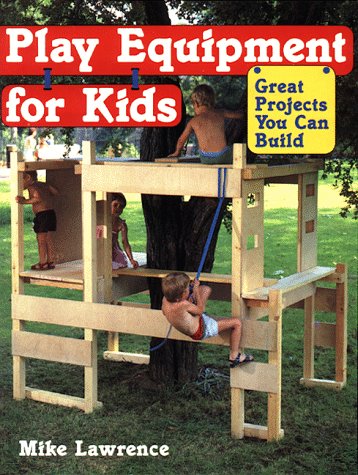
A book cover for Play Equipment for Kids; Mike Lawrence; Crafts, Hobbies & Home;